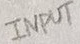
Text: INPUT